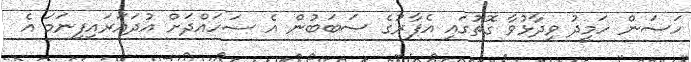
ހަސަން ހަމީދު ވިދާޅުވާ ގޮތުގައި އެފާރުގެ ސަބަބުން އެ ސަހައްދަށް އުދައަރައިފިނަމަ އެ